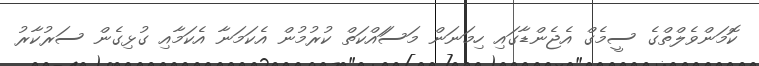
ކޮމަންވެލްތްގެ ސީމެގް އެޖެންޑާގައި ހިމަނަން މަސަައްކަތް ކުރުމުން އެކަމަނާ އެކަމާއި ގުޅިގެން ސަރުކާރު